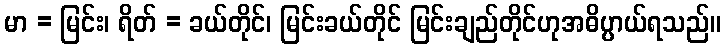
မာ = မြင်း၊ ရိတ် = ခယ်တိုင်၊ မြင်းခယ်တိုင် မြင်းချည်တိုင်ဟုအဓိပ္ပာယ်ရသည်။